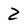
Character: 2